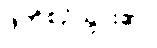
ဖိတ်စဉ်သွား၏။